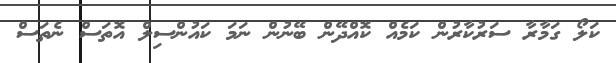
ކަލޯ ގަމާރާ ސަރުކާރުން ކަމެއް ކޮއްދޭން ބޭނުން ނަމަ ކައުންސިލް އޮތަސް ނެތަސް